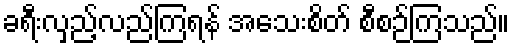
ခရီးလှည့်လည်ကြရန် အသေးစိတ် စီစဉ်ကြသည်။